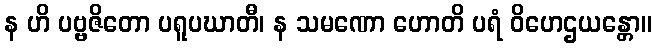
န ဟိ ပဗ္ဗဇိတော ပရူပဃာတီ၊ န သမဏော ဟောတိ ပရံ ဝိဟေဌယန္တော။